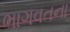
ભાગવતના